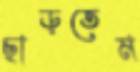
ছাড়তেম